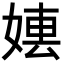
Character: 𡞤